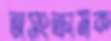
অসংক্রামক